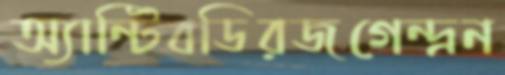
অ্যান্টিবডিরজগেন্দ্রন